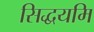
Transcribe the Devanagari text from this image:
सिद्धयमि